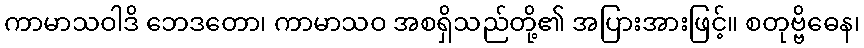
ကာမာသဝါဒိ ဘေဒတော၊ ကာမာသဝ အစရှိသည်တို့၏ အပြားအားဖြင့်။ စတုဗ္ဗိဓေန၊